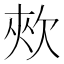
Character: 㰰